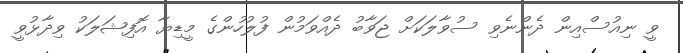
ވީ ނިއުސްއިން ދެންނެވި ސުވާލަކަށް ޖަވާބު ދެއްވަމުން ފުލުހުންގެ މީޑިޔާ އޮފިޝަލަކު ވިދާޅުވީ